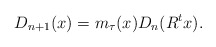
\begin{align*}D_{n+1}(x)=m_\tau(x)D_n(R^{t}x).\end{align*}